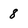
Character: 8